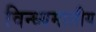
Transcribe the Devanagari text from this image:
विन्ध्यमालीय